Leaving Certificate, 1899
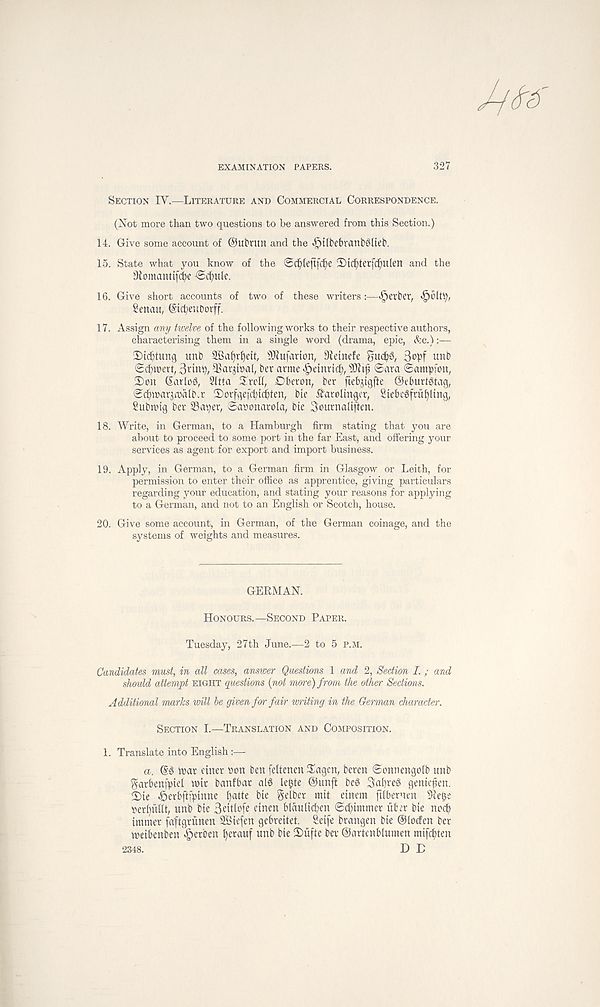
EXAMINATION PAPERS.
327
Section IY.—Literature and Commercial Correspondence.
(Not more than two questions to he answered from this Section.)
14. Give some account of @ui?run and the «£)ilbebranb6ttet>.
15. State what you know of the @d)(ejt[d)e 2)td)terfcl)Ulen and the
9tomantifcfje €>cfyttle.
16. Give short accounts of two of these writers:—Berber,
Sencut, (Sicfyeuborff.
17. Assign any twelve of the following works to their respective authors,
characterising them in a single word (drama, epic, Ac.)
!X)t(i)tung unb 9Baf)rf)ett, s IRufarton, Dietnefe
unb
Sdjtnert, 3tin^, 3}at3t»al, ber avme ^)etnrt(^, s JDitf ©ara ©ampfon,
3) on Gar log, Sltta ^rott, Dberon, ber fteb^igfte @eburt6tag,
©(pioar^iTalb.r ©Jorfgefcbicpten, bie ^arolingcr, 8tebe@fru^ltng,
Subnng ber Super, ©aoonarola, bie Sournaliften.
18. Write, in German, to a Hamburgh firm stating that you are
about to proceed to some port in the far East, and offering your
services as agent for export and import business.
19. Apply, in German, to a German firm in Glasgow or Leith, for
permission to enter their office as apprentice, giving particulars
regarding your education, and stating your reasons for applying
to a German, and not to an English or Scotch, house.
20. Give some account, in German, of the German coinage, and the
systems of weights and measures.
GERMAN.
Honours.—Second Paper.
Tuesday, 27th June.—2 to 5 p.m.
Candidates must, in all cases, answer Questions 1 and 2, Section I. ; and
should attempt eight questions (not more) from the other Sections.
Additional marks will be given for fair writing in the German character.
Section I.—Translation and Composition.
1. Translate into English :—-
a. @3 tt>ar einer »on ben (eltenen Sagcn, beren ©onnengolb unb
garbenfptel wit banfbar alS lefcte @unft beg 3af)reg gemejjen.
©lie «5etbff[pinne l)atte bte $elber mit einem ftlberuen 9?e£e
Tetfg' ilft, unb bie 3citlofe einen blaulicpen ©dimmer fiber bie nod)
immer faftgriinen SBiefen gebreitet. Seife brangen bie GHocfen bet
weibenben ^erben fyerauf unb bie ©ufte bet ©artenblumen mifc^ten
2348.
D E